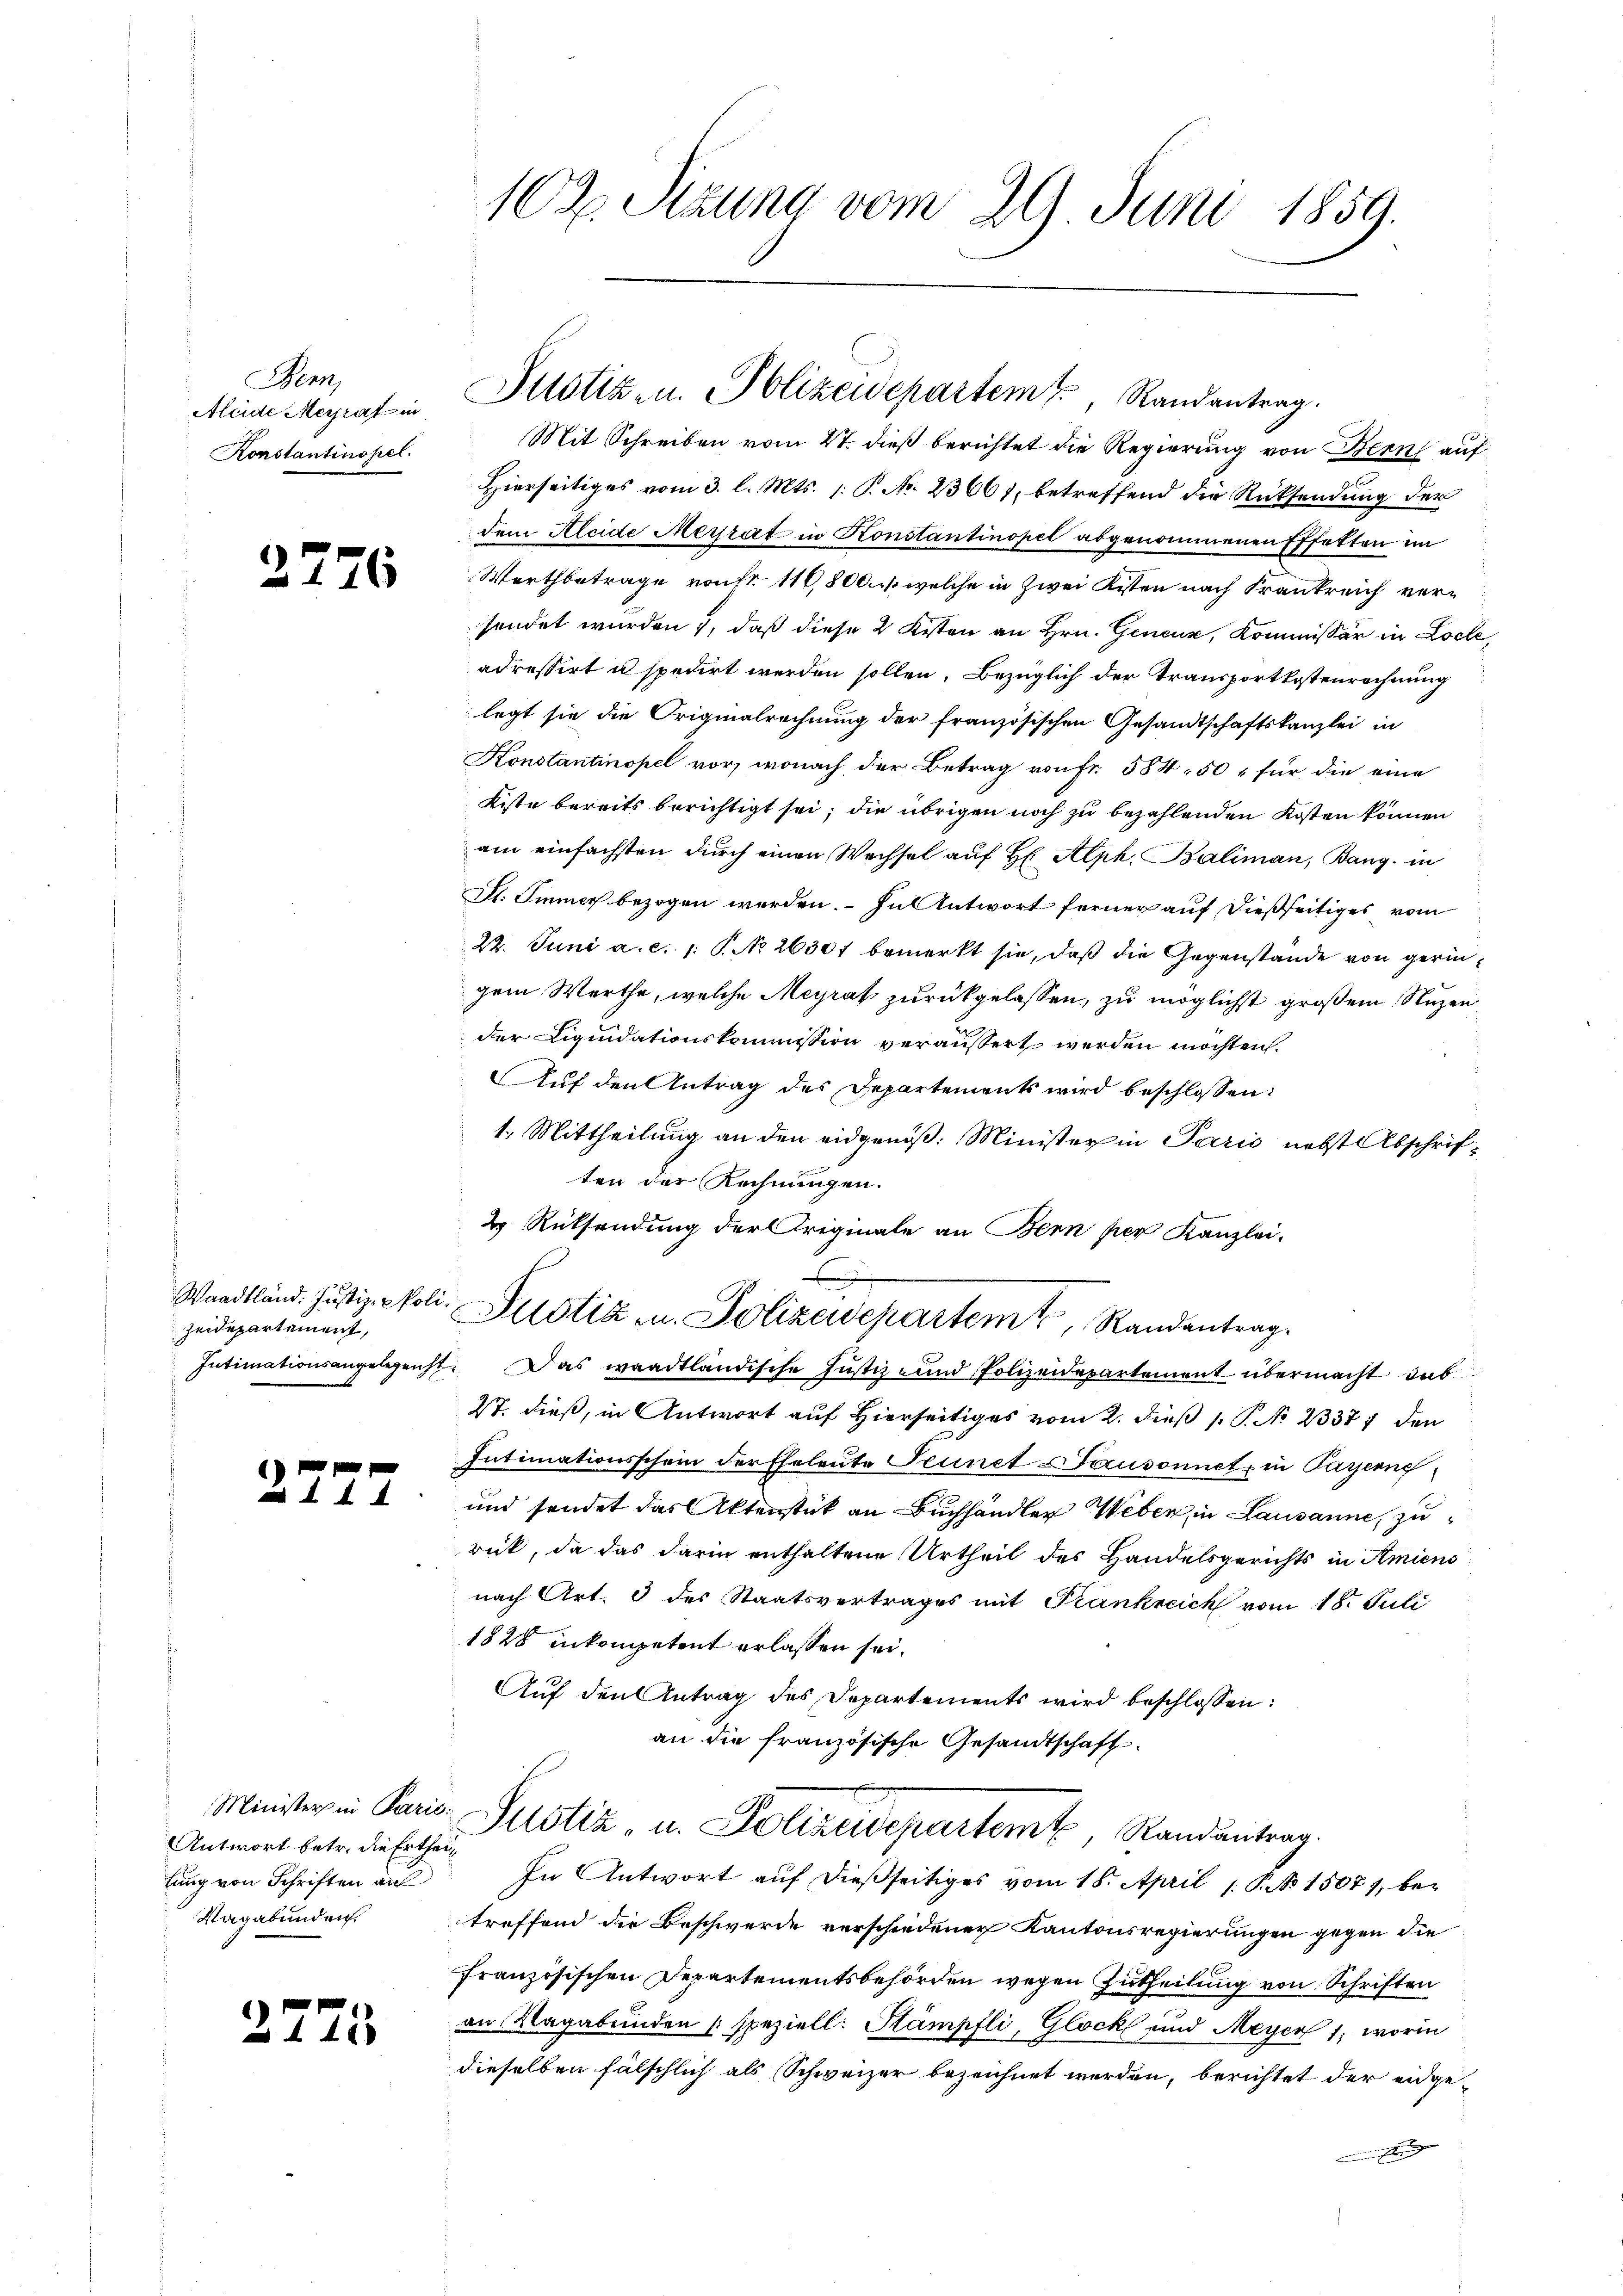
Men
Aleide Merrat in
Konstantinopel.

e
n

37.

26

zeidepartement,

2777

Antwort betr. die Ertheil
lung von Schriften au
Vagabunden.

2775

Mit Schreiben vom 27. dieß berichtet die Regierung von Bern auf
Hierseitiges vom 3. l. Mts. 1. P. Nr. 23661, betreffend die Rücksendung der
dem Kleide Merrat in Konstantinopel abgenommenen Effetten im
Wertbetrage von Fr. 116,800   welche in zwei Kisten nach Frankreich versendet wurden 1, daß diese 2 Kisten an Hrn. Geneur, Kommissär in Loche,
adressirt u spedirt werden sollen, Bezüglich der Transportkostenrechnung
legt sie die Originalrechnung der französischen Gesandtschaftskanzlei in
Konstantinopel vor, wonach der Betrag von Fr. 584. 50, für die eine
Kiste bereits berichtigt sei; die übrigen noch zu bezahlenden Kosten können
am einfachsten durch einen Wechsel auf H Alph. Baliman, Bang, in
Sl. Immer bezogen werden. – In Antwort ferner auf dießseitiges vom
22. Juni a. c. 1: P. No 26301 bemerkt sie, daß die Gegenstände von geringem Werthe, welche Meyrat zurückgelassen, zu möglichst großem Nuzen
der Liquidationskommission veräussert werden möchten.
Auf den Antrag des Departements wird beschlossen:
1. Mittheilung an den eidgenöß. Minister in Paris nebst Abschriften der Rechnungen.
2 Rüksendung der Triginale an Bern per Kanzlei-
u
Waadtländ. Justiz - Poli. Altstik u. Polizeidepartem Randantrag.
Intimationsangelegenht. Das waadtländische Justiz und Polizeidepartement übermacht das
St. dieß, in Antwort auf Hierseitiges vom 2. dieß P. No 23377 den
Intimationsschein der Eheleute Punct Pausonnet, in Pareng
und sendet das Aktenstück an Buchhändler Weber, in Lausanne, zuret, da das darin enthaltene Urtheil des Handelsgerichts in Amiens
nach Art. 3 des Staatsvertrages mit Frankreich vom 18. Juli
1828 inkompetent erlassen sei.
Auf den Antrag des Departements wird beschlossen:
an die französische Gesandtschaft.
Minister in Paris Justiz u. Polizeidepartemt, Randantrag.
In Antwort auf dießseitiges vom 18. April 1. P. No. 15071, betreffend die Beschwerde verschiedener Kantonsregierungen gegen die
französischen Departementsbehörden wegen Zutheilung von Schriften
an Vagabunden speziell. Stämpfli, Glock und Meyer 1, worin
dieselben fälschlich als Schweizer bezeichnet werden, berichtet der eidgeg

102. Sitzung vom 29 Juni 1859.

Justiz- u. Polizeidepartem Randantrag.